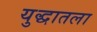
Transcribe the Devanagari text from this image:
युद्धातला